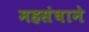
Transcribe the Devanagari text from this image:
महसंघाने